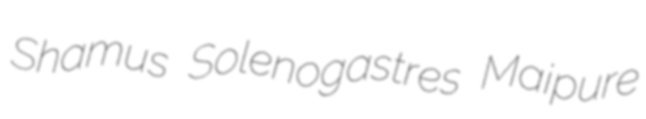
Shamus Solenogastres Maipure